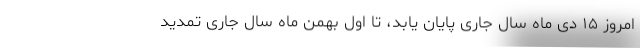
امروز ۱۵ دی ماه سال جاری پایان یابد، تا اول بهمن ماه سال جاری تمدید